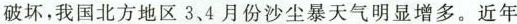
破坏，我国北方地区3、4月份沙尘暴天气明显增多。近年